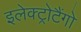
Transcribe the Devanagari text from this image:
इलेक्ट्रोटैंगो